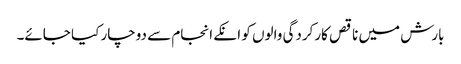
بارش میں ناقص کارکردگی والوں کو انکے انجام سے دوچار کیا جائے۔